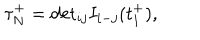
\tau _ { N } ^ { + } = \mathrm { d e t } _ { i j } I _ { i - j } ( t _ { 1 } ^ { + } ) ,